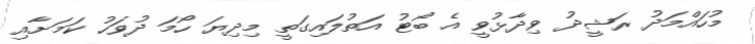
މުހައްމަދު ރަޝީދު ވިދާޅުވީ އެ ބޯޓު އަތުލައިގަތީ މިދިޔަ ހޯމަ ދުވަހު ކަމަށާއި